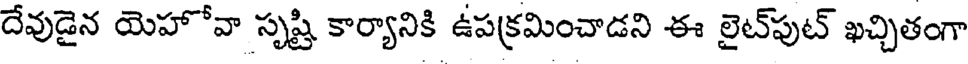
దేవుడైన యెహోవా సృష్టి కార్యానికి ఉపక్రమించాడని ఈ లైట్పుట్ ఖచ్చితంగా